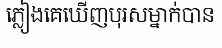
ភ្លៀងគេឃើញបុរសម្នាក់បាន